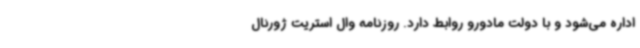
اداره می‌شود و با دولت مادورو روابط دارد. روزنامه وال استریت ژورنال